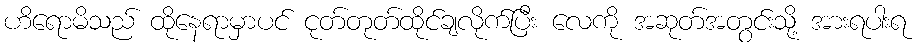
ဟိရောမိသည် ထိုနေရာမှာပင် ငုတ်တုတ်ထိုင်ချလိုက်ပြီး လေကို အဆုတ်အတွင်းသို့ အားရပါးရ